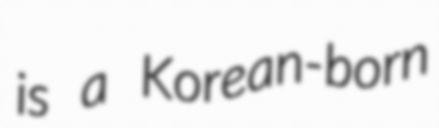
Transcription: is a Korean-born